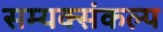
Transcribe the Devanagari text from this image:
सम्यक्संकल्प